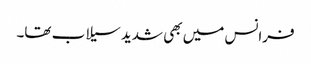
فرانس میں بھی شدید سیلاب تھا۔